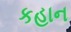
કહાન